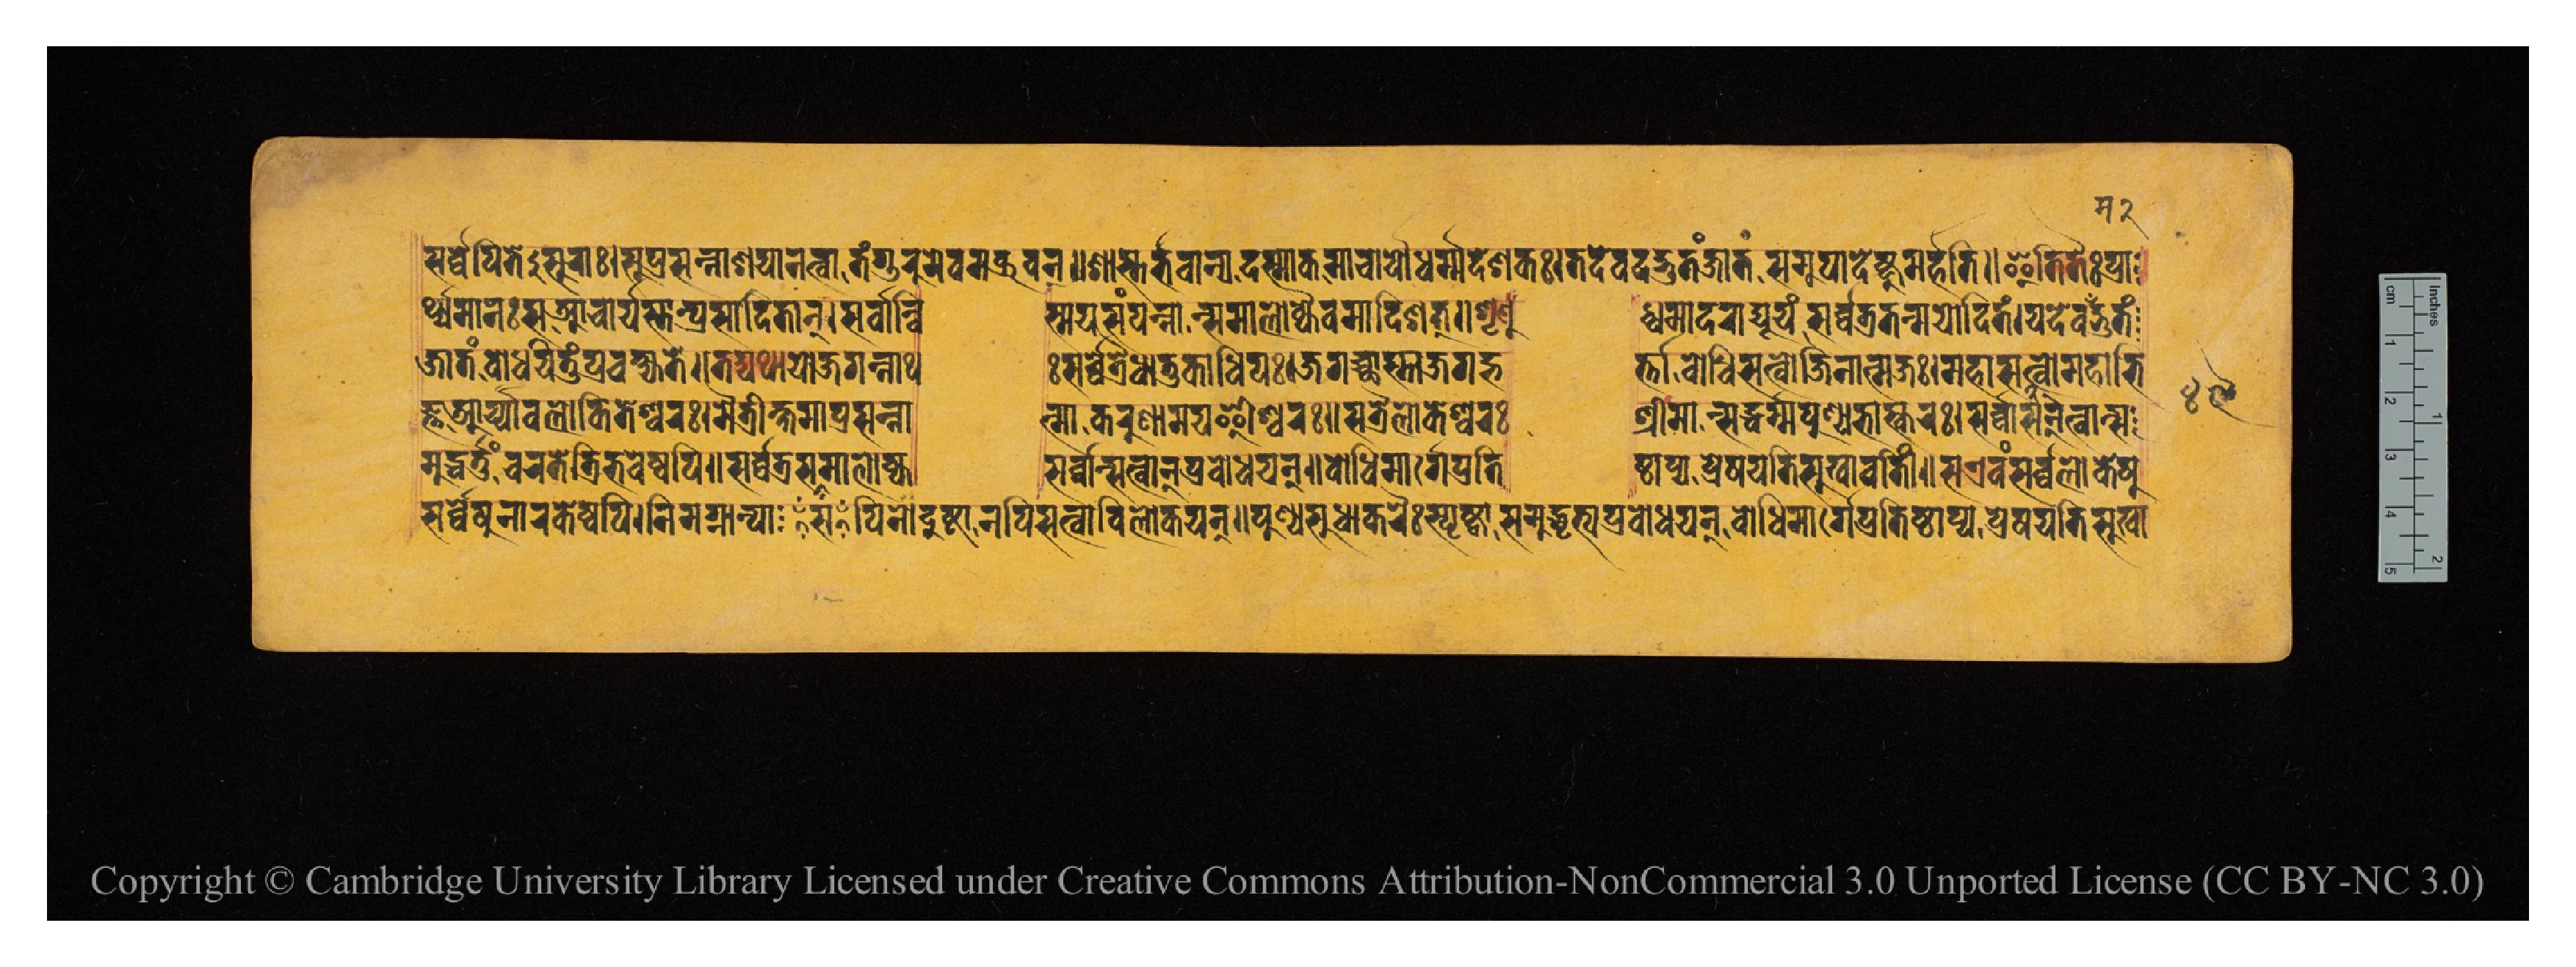
𑐳𑐬𑑂𑐰𑑂𑐰𑐾𑐥𑐶𑐟𑐾𑐳𑐸𑐬𑐵𑑅𑑋𑐳𑐸𑐥𑑂𑐬𑐳𑐣𑑂𑐣𑐵𑐱𑐫𑐵𑐣𑐟𑑂𑐰𑐵𑐟𑑄𑐐𑐸𑐬𑐸𑐩𑐾𑐰𑐩𑐧𑑂𑐬𑐸𑐰𑐣𑑂𑑌𑐱𑐵𑐳𑑂𑐟𑐬𑑂𑐨𑐰𑐵𑐣𑑂𑐫𑐡𑐩𑐵𑐎𑐩𑐵𑐔𑐵𑐬𑑂𑐫𑑀𑐢𑐬𑑂𑐩𑑂𑐩𑐡𑐾𑐱𑐎𑑅𑑋𑐟𑐡𑐾𑐟𑐡𑐡𑑂𑐨𑐸𑐟𑑄𑐖𑐵𑐟𑑄𑐳𑐩𑐸𑐥𑐵𑐡𑐾𑐲𑑂𑐚𑐸𑐩𑐬𑑂𑐴𑐟𑐶𑑌𑐂𑐟𑐶𑐟𑐿𑑅𑐥𑑂𑐬𑐵 𑐬𑑂𑐠𑑂𑐫𑐩𑐵𑐣𑑅𑐳𑐁𑐔𑐵𑐬𑑂𑐫𑐳𑑂𑐟𑐵𑐣𑑂𑐥𑑂𑐬𑐳𑐵𑐡𑐶𑐟𑐵𑐣𑑂𑑋𑐳𑐬𑑂𑐰𑑂𑐰𑐵𑐣𑑂𑐰𑐶  𑐳𑑂𑐩𑐫𑐳𑑄𑐥𑐣𑑂𑐣𑐵𑐣𑑂𑐳𑐩𑐵𑐮𑑀𑐎𑑂𑐫𑐿𑐰𑐩𑐵𑐡𑐶𑐱𑐟𑑂𑑌𑐱𑐺𑐞𑐸  𑐢𑑂𑐰𑐩𑐵𑐡𑐡𑑂𑐫𑐹𑐫𑑄𑐳𑐬𑑂𑐰𑑂𑐰𑑄𑐟𑐟𑑂𑐬𑐩𑐩𑑀𑐡𑐶𑐟𑑄𑑋𑐫𑐡𑐾𑐰𑐨𑐸𑑃𑐟𑑄 𑐖𑐵𑐟𑑄𑐧𑑀𑐢𑐫𑐶𑐟𑐸𑑄𑐥𑑂𑐬𑐰𑐎𑑂𑐲𑑂𑐫𑐟𑐾𑑌𑐟𑐡𑑂𑐫𑐠𑐵𑐫𑑀𑐖𑐐𑐣𑑂𑐣𑐵𑐠  𑑅𑐳𑐬𑑂𑐰𑑂𑐰𑐟𑑂𑐬𑐿𑐢𑐵𑐟𑐸𑐎𑐵𑐢𑐶𑐥𑑅𑑋𑐖𑐐𑐔𑑂𑐕𑐵𑐳𑑂𑐟𑐵𑐖𑐐𑐡𑑂𑐨  𑐬𑑂𑐟𑑂𑐟𑐵𑐧𑑀𑐢𑐶𑐳𑐟𑑂𑐰𑑀𑐖𑐶𑐣𑐵𑐟𑑂𑐩𑐖𑑅𑑋𑐩𑐴𑐵𑐳𑐟𑑂𑐰𑑀𑐩𑐴𑐵𑐨𑐶 𑐖𑑂𑐘𑐁𑐬𑑂𑐫𑐵𑐰𑐮𑑀𑐎𑐶𑐟𑐾𑐱𑑂𑐰𑐬𑑅𑑋𑐩𑐿𑐟𑑂𑐬𑐷𑐎𑑂𑐲𑐩𑐵𑐥𑑂𑐬𑐳𑐣𑑂𑐣𑐵  𑐟𑑂𑐩𑐵𑐎𑐬𑐸𑐞𑐵𑐩𑐫𑐃𑐱𑑂𑐰𑐬𑑅𑑌𑐳𑐟𑑂𑐬𑐿𑐮𑑀𑐎𑐾𑐱𑑂𑐰𑐬𑑅  𑐱𑑂𑐬𑐷𑐩𑐵𑐣𑑂𑐳𑐡𑑂𑐢𑐬𑑂𑐩𑑂𑐩𑐥𑐸𑐞𑑂𑐫𑐨𑐵𑐳𑑂𑐎𑐬𑑅𑑋𑐳𑐬𑑂𑐰𑑂𑐰𑐵𑐣𑑂𑐳𑐟𑑂𑐰𑐵𑐣𑑂𑐳 𑐩𑐸𑐡𑑂𑐢𑐬𑑂𑐟𑐸𑐘𑑂𑐔𑐬𑐟𑐾𑐟𑑂𑐬𑐶𑐨𑐰𑐾𑐲𑑂𑐰𑐥𑐶𑑌𑐳𑐬𑑂𑐰𑑂𑐰𑐟𑑂𑐬𑐳𑐳𑐩𑐵𑐮𑑀𑐎𑑂𑐫  𑐳𑐬𑑂𑐰𑑂𑐰𑐵𑐣𑑂𑐳𑐟𑑂𑐰𑐵𑐣𑑂𑐥𑑂𑐬𑐧𑑀𑐢𑐫𑐣𑑂𑑌𑐧𑑀𑐢𑐶𑐩𑐵𑐬𑑂𑐐𑐾𑐥𑑂𑐬𑐟𑐶  𑐲𑑂𑐛𑐵𑐥𑑂𑐫𑐥𑑂𑐬𑐾𑐲𑐫𑐟𑐶𑐳𑐸𑐏𑐵𑐰𑐟𑐷𑑄𑑌𑐳𑐊𑐰𑑄𑐳𑐬𑑂𑐰𑑂𑐰𑐮𑑀𑐎𑐾𑐲𑐸 𑐳𑐬𑑂𑐰𑑂𑐰𑐾𑐲𑐸𑐣𑐵𑐬𑐎𑐾𑐲𑑂𑐰𑐥𑐶𑑋𑐣𑐶𑐩𑐐𑑂𑐣𑐵𑐣𑑂𑐥𑐵𑐳𑑃𑐥𑐶𑐣𑑀𑐡𑐸𑐲𑑂𑐚𑐵𑐣𑐥𑐶𑐳𑐟𑑂𑐰𑐵𑐣𑑂𑐰𑐶𑐮𑑀𑐎𑐫𑐣𑑂𑑌𑐥𑐸𑐞𑑂𑐫𑐳𑐸𑐢𑐵𑐎𑐬𑐿𑑅𑐳𑑂𑐥𑐺𑐲𑑂𑐚𑑂𑐰𑐵𑐳𑐩𑐸𑐡𑑂𑐢𑐺𑐟𑑂𑐫𑐥𑑂𑐬𑐧𑑀𑐢𑐫𑐣𑑂𑑌𑐧𑑀𑐢𑐶𑐩𑐵𑐬𑑂𑐐𑐾𑐥𑑂𑐬𑐟𑐶𑐲𑑂𑐛𑐵𑐥𑑂𑐫𑐥𑑂𑐬𑐾𑐲𑐫𑐟𑐶𑐳𑐸𑐏𑐵 𑑔𑑙